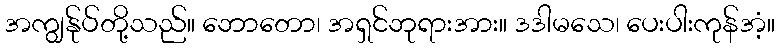
အကျွန်ုပ်တို့သည်။ ဘောတော၊ အရှင်ဘုရားအား။ ဒဒါမသေ၊ ပေးပါးကုန်အံ့။